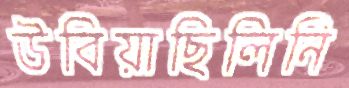
উবিয়াছিলিনি